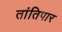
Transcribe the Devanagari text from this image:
तांतिपार